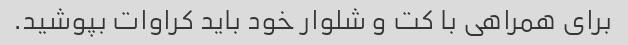
برای همراهی با کت و شلوار خود باید کراوات بپوشید.